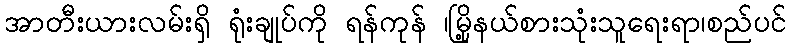
အာတီးယားလမ်းရှိ ရုံးချုပ်ကို ရန်ကုန် ၊မြို့နယ်စားသုံးသူရေးရာ၊စည်ပင်